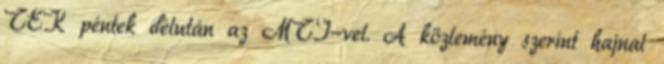
TEK péntek délután az MTI-vel. A közlemény szerint hajnal